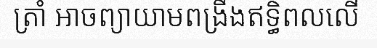
ត្រាំ អាចព្យាយាមពង្រឹងឥទ្ធិពលលើ